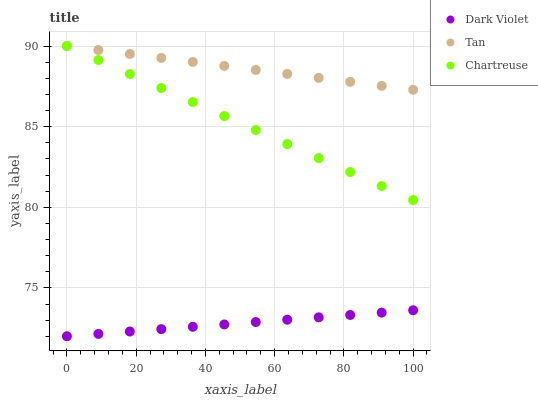
| xaxis_label | Dark Violet | Tan | Chartreuse |
 | --- | --- | --- | --- |
 | 0 | 72 | 90 | 90 |
 | 9.09 | 72.1 | 89.8 | 89.1 |
 | 18.2 | 72.3 | 89.5 | 88.3 |
 | 27.3 | 72.4 | 89.3 | 87.4 |
 | 36.4 | 72.6 | 89 | 86.5 |
 | 45.5 | 72.7 | 88.8 | 85.7 |
 | 54.5 | 72.9 | 88.5 | 84.8 |
 | 63.6 | 73 | 88.3 | 83.9 |
 | 72.7 | 73.2 | 88 | 83.1 |
 | 81.8 | 73.3 | 87.8 | 82.2 |
 | 90.9 | 73.5 | 87.5 | 81.3 |
 | 100 | 73.6 | 87.3 | 80.4 |